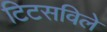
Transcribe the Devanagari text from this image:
टिटसविले